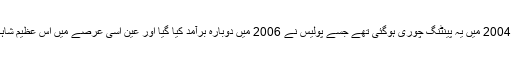
واضح رہے کہ 22 اگست 2004 میں یہ پینٹنگ چوری ہوگئی تھے جسے پولیس نے 2006 میں دوبارہ برآمد کیا گیا اور عین اسی عرصے میں اس عظیم شاہکار کو بہت نقصان ہوا تھا۔